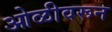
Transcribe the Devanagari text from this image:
ओळीवरून